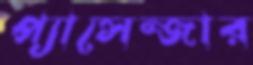
প্যাসেন্জার